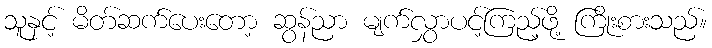
သူနှင့် မိတ်ဆက်ပေးတော့ ဆွန်ညာ မျက်လွှာပင့်ကြည့်ဖို့ ကြိုးစားသည်။